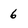
Character: 6